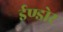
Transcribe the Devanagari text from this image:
ईण्डोर